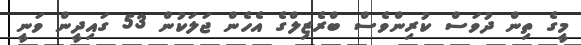
މީގެ ތިން ދުވަސް ކުރިންވެސް ބްރެޒިލްގެ އެހެން ޖަލަކުން 53 ގައިދީން ވަނީ